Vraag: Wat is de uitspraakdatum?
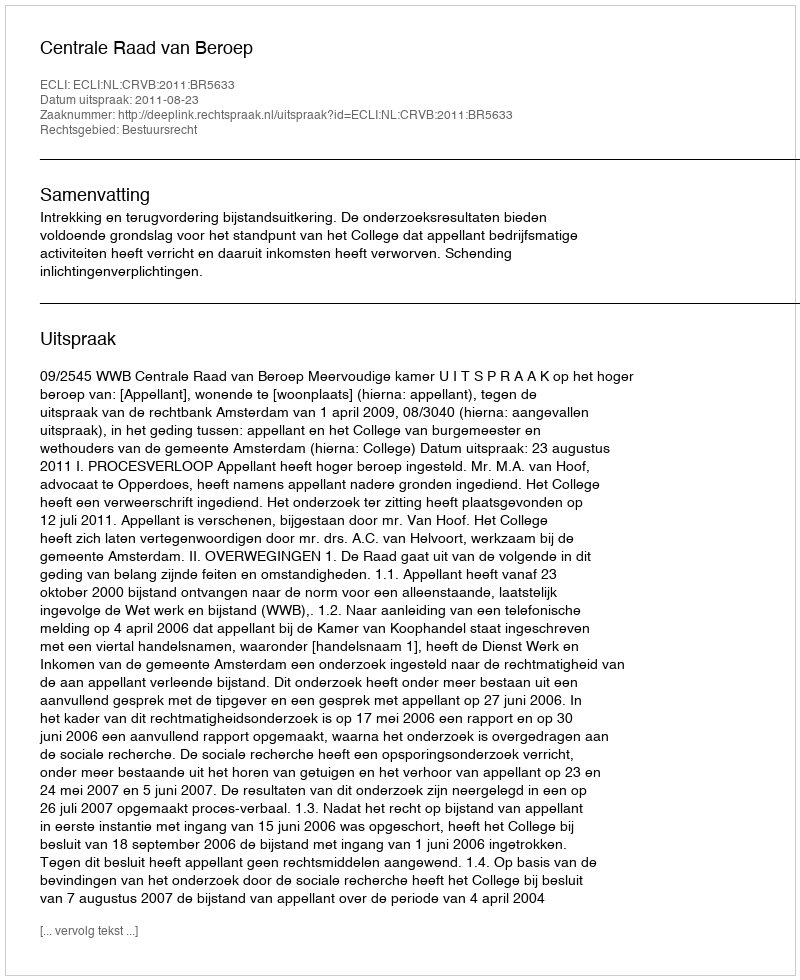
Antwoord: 2011-08-23